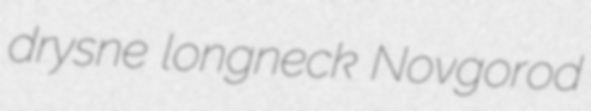
drysne longneck Novgorod